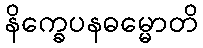
နိက္ခေပနဓမ္မောတိ